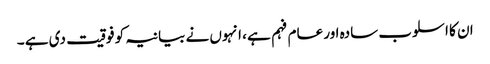
ان کا اسلوب سادہ اور عام فہم ہے ، انہوں نے بیانیہ کو فوقیت دی ہے ۔